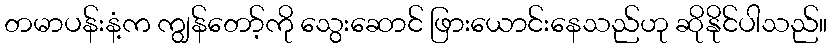
တမာပန်းနံ့က ကျွန်တော့်ကို သွေးဆောင် ဖြားယောင်းနေသည်ဟု ဆိုနိုင်ပါသည်။